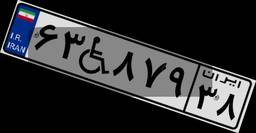
۶۴W۲۵۵۲۴